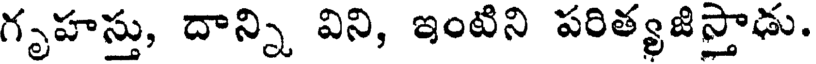
గృహస్తు, దాన్ని విని, ఇంటిని పరిత్యజిస్తాడు.